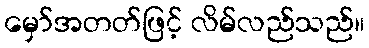
မှော်အတတ်ဖြင့် လိမ်လည်သည်။